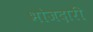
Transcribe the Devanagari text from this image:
भोजदारी